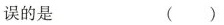
误的是( )